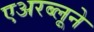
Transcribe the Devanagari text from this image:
एअरब्लूने